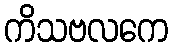
ကိသဗလကေ